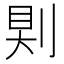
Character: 𠜹